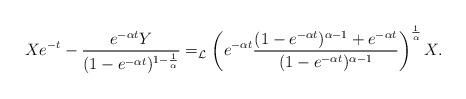
LaTeX: \begin{align*}Xe^{-t} - \frac{e^{-\alpha t}Y}{(1-e^{- \alpha t})^{1 - \frac{1}{\alpha}}} =_{\mathcal{L}} \left(e^{- \alpha t}\dfrac{(1-e^{- \alpha t})^{\alpha -1}+e^{-\alpha t}}{(1-e^{-\alpha t})^{\alpha - 1}}\right)^{\frac{1}{\alpha}} X .\end{align*}